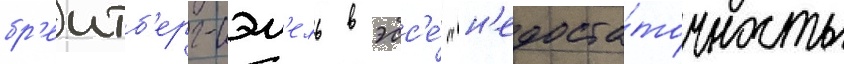
бр'еитб'ерг-сэм'ель в эсс'е́ "н'едоста́точность